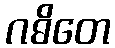
ဂဓိတေ